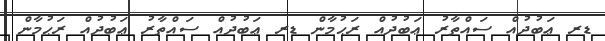
ޑރ ޢަބުދުއް ސައްތާރު ޢަބުދުއް ރަޙުމާން ޑރ ޢަބުދުއް ސައްތާރު ޢަބުދުއް ރަޙުމާން